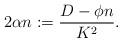
LaTeX: \begin{align*} 2 \alpha n :=\frac{ D - \phi n}{K^2}.\end{align*}